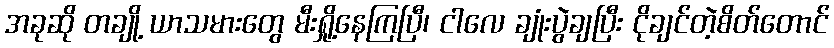
အခုဆို တချို့ ယာသမားတွေ မီးရှို့နေကြပြီ၊ ငါလေ ချုံးပွဲချပြီး ငိုချင်တဲ့စိတ်တောင်